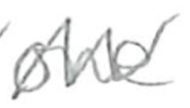
Text: one
Cross-out: zig-zag
Writing tool: pencil